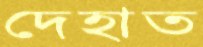
দেহাত